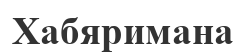
Хабяримана